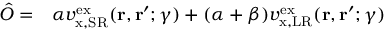
\begin{array} { r l } { \hat { O } = } & { { } \alpha v _ { \mathrm { x , S R } } ^ { \mathrm { e x } } ( \mathbf { r } , \mathbf { r } ^ { \prime } ; \gamma ) + ( \alpha + \beta ) v _ { \mathrm { x , L R } } ^ { \mathrm { e x } } ( \mathbf { r } , \mathbf { r } ^ { \prime } ; \gamma ) } \end{array}